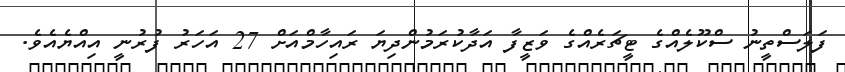
ފަލަސްތީނު ސްކޫލެއްގެ ޓީޗަރެއްގެ ވަޒީފާ އަދާކުރަމުންދިޔަ ރައިހާމްއަށް 27 އަހަރު ފުރުނީ އިއްޔެއެވެ.